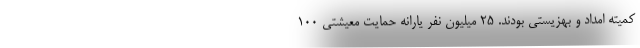
کمیته امداد و بهزیستی بودند. ۲۵ میلیون نفر یارانه حمایت معیشتی ۱۰۰